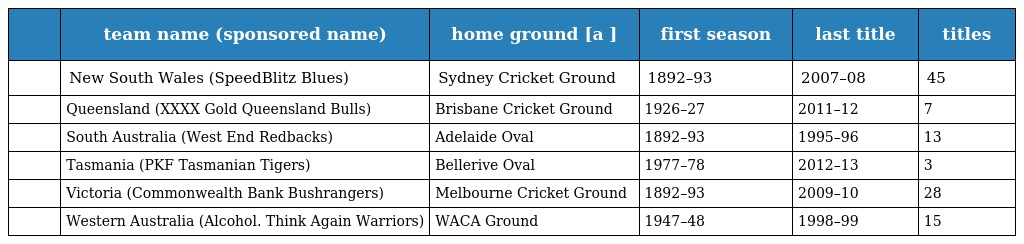
|  | team name (sponsored name) | home ground [a ] | first season | last title | titles |
 | --- | --- | --- | --- | --- | --- |
 |  | New South Wales (SpeedBlitz Blues) | Sydney Cricket Ground | 1892–93 | 2007–08 | 45 |
 |  | Queensland (XXXX Gold Queensland Bulls) | Brisbane Cricket Ground | 1926–27 | 2011–12 | 7 |
 |  | South Australia (West End Redbacks) | Adelaide Oval | 1892–93 | 1995–96 | 13 |
 |  | Tasmania (PKF Tasmanian Tigers) | Bellerive Oval | 1977–78 | 2012–13 | 3 |
 |  | Victoria (Commonwealth Bank Bushrangers) | Melbourne Cricket Ground | 1892–93 | 2009–10 | 28 |
 |  | Western Australia (Alcohol. Think Again Warriors) | WACA Ground | 1947–48 | 1998–99 | 15 |